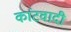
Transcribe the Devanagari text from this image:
कांटवादी